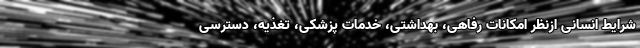
شرایط انسانی ازنظر امکانات رفاهی، بهداشتی، خدمات پزشکی، تغذیه، دسترسی